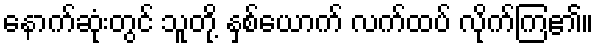
နောက်ဆုံးတွင် သူတို့ နှစ်ယောက် လက်ထပ် လိုက်ကြ၏။